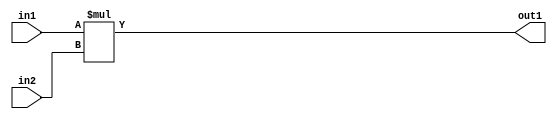
`timescale 1ps / 1ps
/*****************************************************************************
    Verilog RTL Description
    
    Generated at: 11:31:07 EST (-0500), Wednesday 18 November 2020
    Generated on: zhang-x1.ece.cornell.edu
    Generated by: jl3952 (Jie Liu)
    
    Created by: Stratus DpOpt 2017.1.02 
    Copyright (c) 2014-2015 Cadence Design Systems. All rights reserved worldwide.
    
    Cadence Design Systems proprietary and confidential
    ===================================================
    
    May contain information that incorporates Cadence Design Systems CellMath
    and other inventions claimed in Pending U.S. Patents.
    
    May contain Cadence Design Systems Trade Secrets of which use, disclosure or
    reproduction is contractually restricted or prohibited.  For more
    information, contact your legal department before any use, disclosure or
    reproduction.
*******************************************************************************/

module dut_Mul_10Ux10U_20U_4 (
	in2,
	in1,
	out1
	); /* architecture "behavioural" */ 
input [9:0] in2,
	in1;
output [19:0] out1;
wire [19:0] asc001;

assign asc001 = 
	+(in1 * in2);

assign out1 = asc001;
endmodule

/* CADENCE  urj2SQ0= : u9/ySgnYtBlWxVDRUQkU4ug= ** DO NOT EDIT THIS LINE ******/